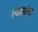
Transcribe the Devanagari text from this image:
त्यानांच